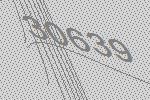
30639